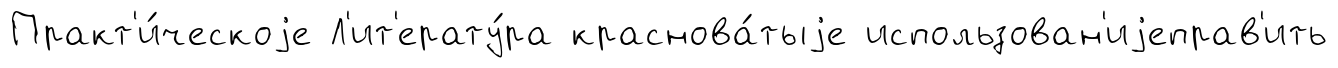
Практ'и́ческоjе Л'ит'ерату́ра краснова́тыjе использован'иjеправ'ить